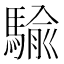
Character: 騟